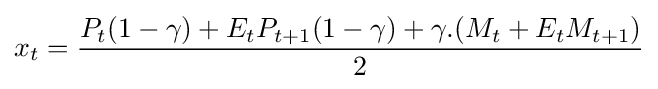
x_{t}={\frac {P_{t}(1-\gamma )+E_{t}P_{t+1}(1-\gamma )+\gamma .(M_{t}+E_{t}M_{t+1})}{2}}